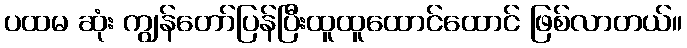
ပထမ ဆုံး ကျွန်တော်ပြန်ပြီးထူထူထောင်ထောင် ဖြစ်လာတယ်။